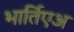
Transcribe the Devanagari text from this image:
भार्तिएअ